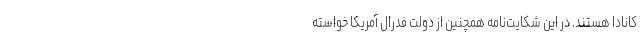
کانادا هستند. در این شکایت‌نامه همچنین از دولت فدرال آمریکا خواسته